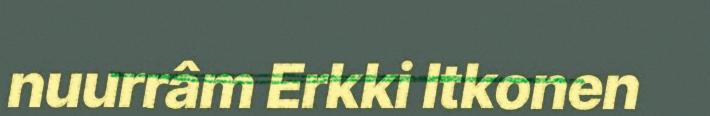
nuurrâm Erkki Itkonen